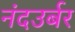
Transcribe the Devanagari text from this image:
नंदउर्बर